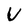
Character: U